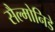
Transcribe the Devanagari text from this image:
सैल्मोनिडे